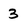
Character: 3